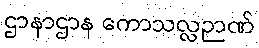
ဌာနာဌာန ကောသလ္လဉာဏ်